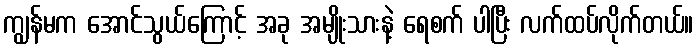
ကျွန်မက အောင်သွယ်ကြောင့် အခု အမျိုးသားနဲ့ ရေစက် ပါပြီး လက်ထပ်လိုက်တယ်။